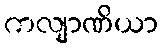
ကလျာဏိယာ